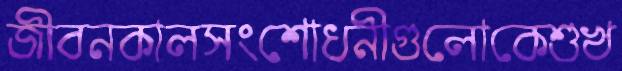
জীবনকালসংশোধনীগুলোকেশুখ